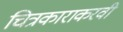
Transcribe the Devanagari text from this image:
चित्रकाराकरवी